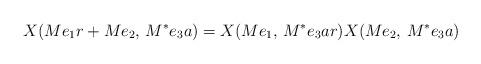
LaTeX: \begin{align*} X(Me_1r+Me_2,\,M^*e_3a)=X(Me_1,\,M^*e_3ar)X(Me_2,\,M^*e_3a)\, \end{align*}